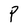
Character: P